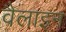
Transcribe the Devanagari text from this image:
वैलाइन